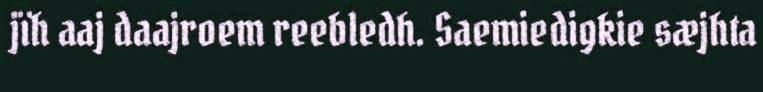
jïh aaj daajroem reebledh. Saemiedigkie sæjhta